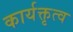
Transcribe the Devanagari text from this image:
कार्यक्तृत्व